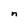
Character: n